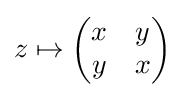
z\mapsto {\begin{pmatrix}x&y\\y&x\end{pmatrix}}